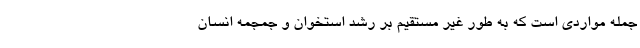
جمله مواردی است که به طور غیر مستقیم بر رشد استخوان و جمجمه انسان